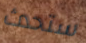
ستحدث